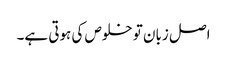
اصل زبان تو خلوص کی ہوتی ہے۔